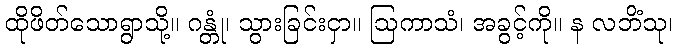
ထိုဖိတ်သောရွာသို့။ ဂန္တုံ၊ သွားခြင်းငှာ။ ဩကာသံ၊ အခွင့်ကို။ န လဘိံသု၊